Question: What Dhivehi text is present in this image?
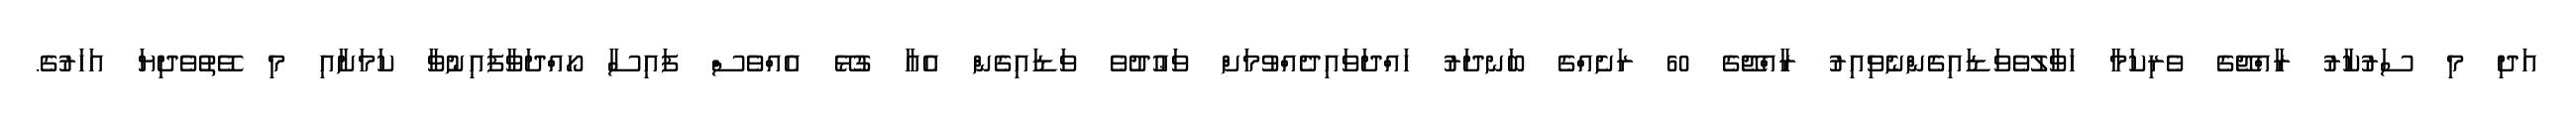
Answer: އަދި މި ސަރުކާރު ރާއްޖޭގެ ވެރިކަމާ ހަވާލުވެވަޑައިގެންނެވިއިރު ރާއްޖޭގެ 60 ރަށެއްގެ ބަނދަރު ހައްދަވައިދެއްވުމަށް ވަޢުދުވެ ވަޑައިގެން އެއާ ގުޅޭ އެއްވެސް ފައިސާ ހޯއްދަވާފައިނުވާ ކަމަށާއި މި ވޭތުވެދިޔަ އަހަރުގެ.